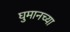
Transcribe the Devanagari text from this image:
घुमानच्या